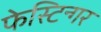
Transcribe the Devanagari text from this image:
फेस्टिन्गर